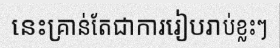
នេះគ្រាន់តែជាការរៀបរាប់ខ្លះៗ